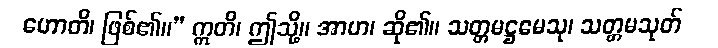
ဟောတိ၊ ဖြစ်၏။” ဣတိ၊ ဤသို့။ အာဟ၊ ဆို၏။ သတ္တမဋ္ဌမေသု၊ သတ္တမသုတ်